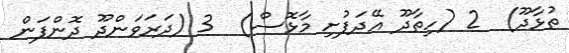
ތުޅާދޫ)  2 (ހިތާދޫ އޭދަފުށި މާޅޮސް)  3 (ދަރަވަންދޫ ދޮންފަން